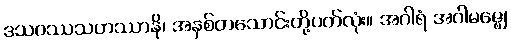
ဒသဝဿသဟဿာနိ၊ အနှစ်တသောင်းတို့ပတ်လုံး။ အဂါရံ အဂါမဇ္ဈေ၊